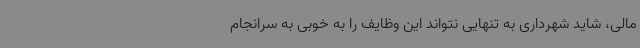
مالی، شاید شهرداری به تنهایی نتواند این وظایف را به خوبی به سرانجام